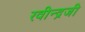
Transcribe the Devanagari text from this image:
रवीन्द्रजी